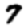
Digit: 7